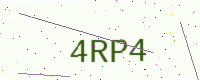
Text: 4RP4